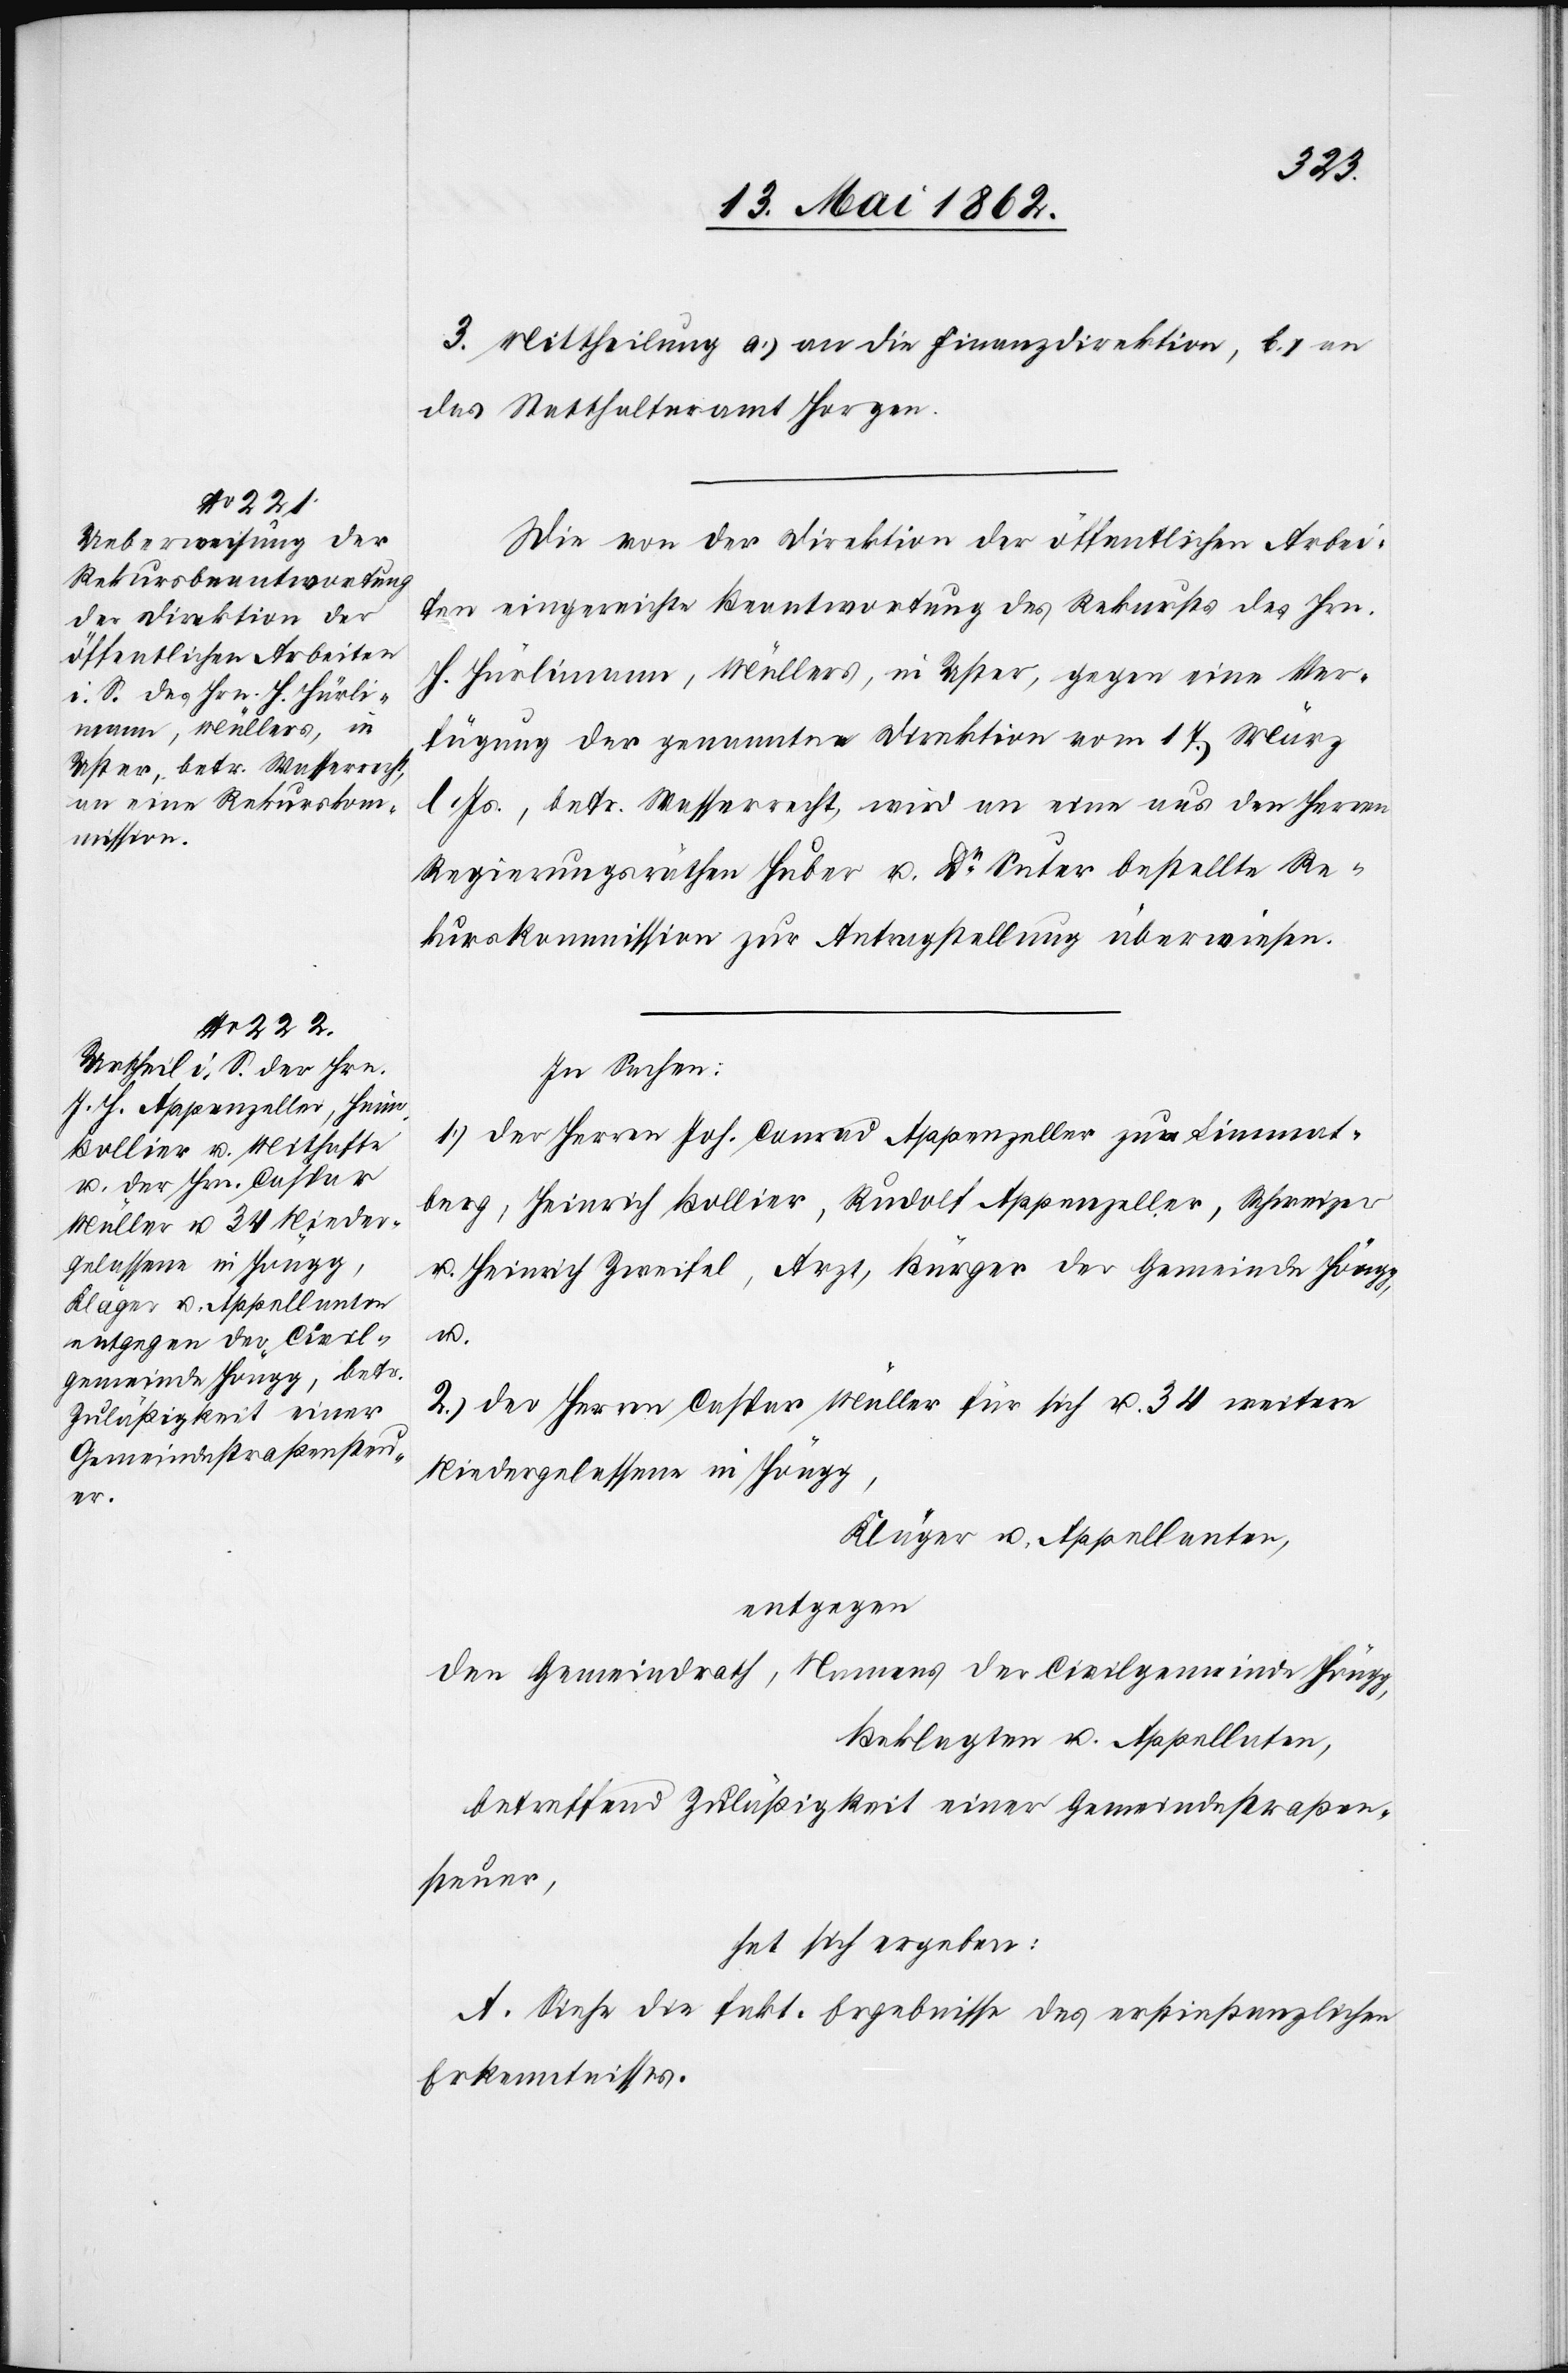
3. Mittheilung a) an die Finanzdirektion, b) an
das Statthalteramt Horgen.
Die von der Direktion der öffentlichen Arbei¬
ten eingereichte Beantwortung des Rekurses des Hrn.
H. Hürlimann, Müllers, in Uster, gegen eine Ver¬
fügung der genannten Direktion vom 17. März
l. Js., betr. Wasserrecht, wird an eine aus den Herren
Regierungsräthen Huber u. Dr. Suter bestellte Re¬
kurskommission zur Antragstellung überwiesen.
In Sachen:
1) der Herren Joh. Conrad Appenzeller zum Limmat¬
berg, Heinrich Bollier, Rudolf Appenzeller, Schweizer
u. Heinrich Zweifel, Arzt, Bürger der Gemeinde Höngg,
u.
2. der Herren Caspar Müller für sich u. 34 weitere
Niedergelassene in Höngg,
Kläger u. Appellanten,
entgegen
den Gemeindrath, Namens der Civilgemeinde Höng¬
g,
Beklagten und Appellaten,
betreffend Zuläßigkeit einer Gemeindestraßen¬
steuer,
hat sich ergeben:
A. Siehe die fakt. Ergebnisse des erstinstanzlichen
Erkenntnisses.